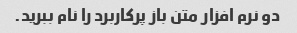
دو نرم افزار متن باز پرکاربرد را نام ببرید.